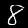
Label: 8